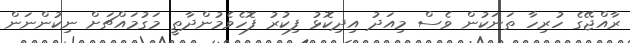
ރާއްޖޭގެ ހުރިހާ ތަނަކުން ވެސް މިއަދު އިދިކޮޅު ފިކުރު ފޮހެވެމުންދާތީ މަގުމައްޗަށް ނިކުންނަން